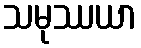
သမုဿယာ